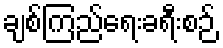
ချစ်ကြည်ရေးခရီးစဉ်